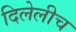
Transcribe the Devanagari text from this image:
दिलेलीच